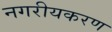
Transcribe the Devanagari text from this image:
नगरीयकरण